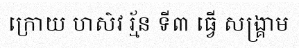
ក្រោយ ហស៌វ រ្ម័ន ទី៣ ធ្វើ សង្គ្រាម